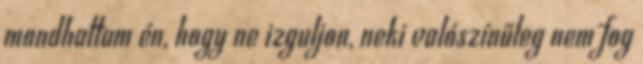
mondhattam én, hogy ne izguljon, neki valószínűleg nem fog